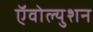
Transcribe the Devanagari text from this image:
ऍवोल्युशन